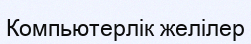
Компьютерлік желілер